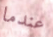
عندما